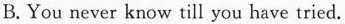
B.You never know till you have tried.